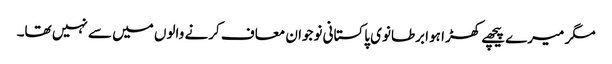
مگر میرے پیچھے کھڑا ہوا برطانوی پاکستانی نوجوان معاف کرنے والوں میں سے نہیں تھا۔